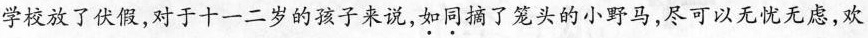
学校放了伏假，对于十一二岁的孩子来说，\underset{·}{如}\underset{·}{同}摘了笼头的小野马，尽可以无忧无虑，欢